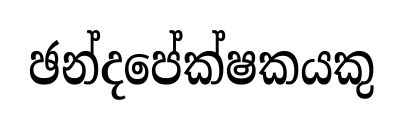
ඡන්දපේක්ෂකයකු